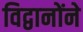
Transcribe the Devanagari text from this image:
विद्वानोंने